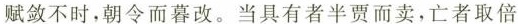
赋敛不时，朝令而暮改。当具有者半贾而卖，亡者取倍